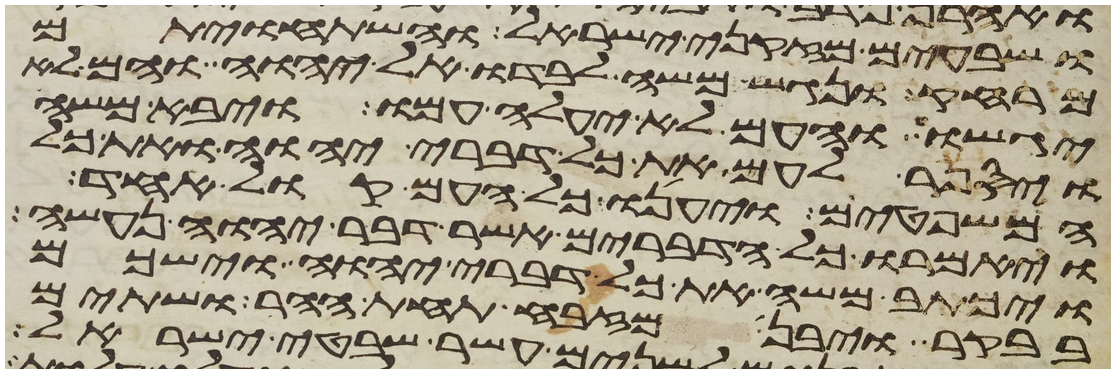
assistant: ושבעים מזקני ישראל והשתחויתם
מרחק ונגש משה לבדו אל יהוה והם לא
יגשו והעם לא יעלה עמו ויבא משה
ויספר לעם את כל דברי יהוה ואת כל
המשפטים ויענו כל העם קול אחד
ויאמרו כל הדברים אשר דבר יהוה נעשה
ויכתב משה את כל דברי יהוה וישכם
בבקר ויבן מזבח תחת ההר ושתים